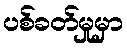
ပစ်ခတ်မှုမှာ